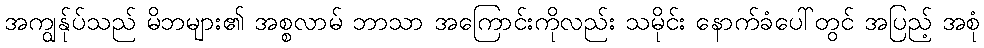
အကျွန်ုပ်သည် မိဘများ၏ အစ္စလာမ် ဘာသာ အကြောင်းကိုလည်း သမိုင်း နောက်ခံပေါ်တွင် အပြည့် အစုံ